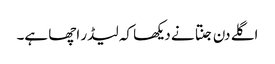
اگلے دن جنتا نے دیکھا کہ لیڈر اچھا ہے۔